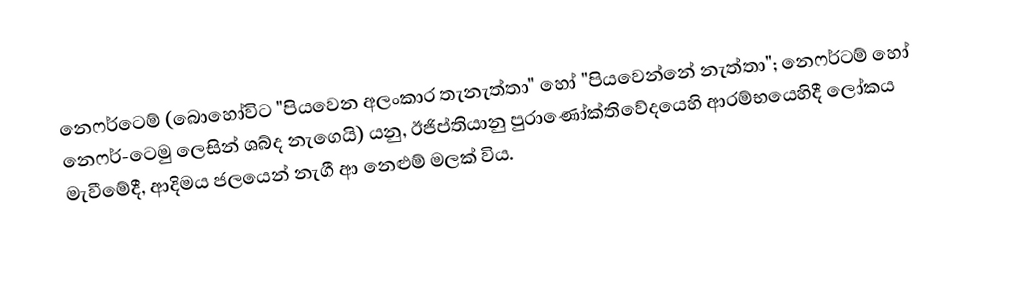
නෙෆර්ටෙම් (බොහෝවිට "පියවෙන අලංකාර තැනැත්තා" හෝ "පියවෙන්නේ නැත්තා"; නෙෆර්ටම් හෝ නෙෆර්-ටෙමු ලෙසින් ශබ්ද නැගෙයි) යනු,   ඊජිප්තියානු පුරාණෝක්තිවේදයෙහි ආරම්භයෙහිදී ලෝකය මැවීමේදී, ආදිමය ජලයෙන් නැගී ආ නෙළුම් මලක් විය.